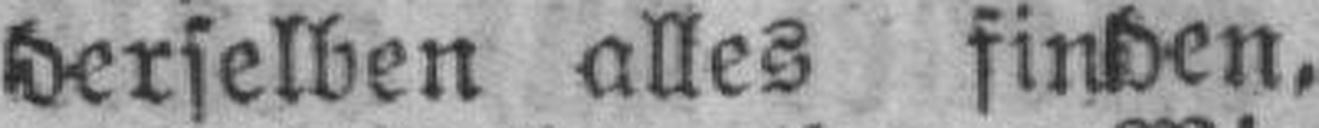
derselben alles finden,